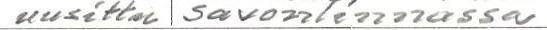
uusittu Savonlinnassa